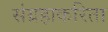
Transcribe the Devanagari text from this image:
संग्रहाकरिता